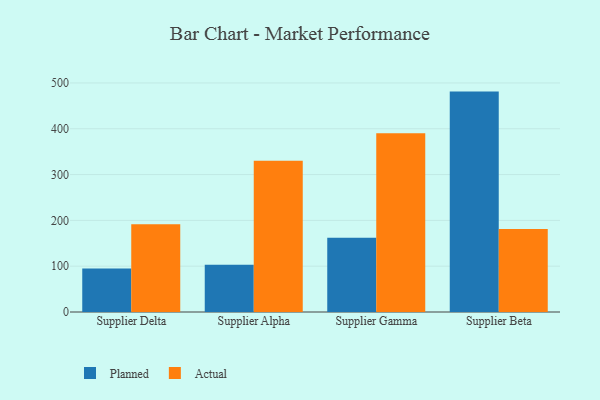
{"axis": {"x": "Supplier", "y": "Shipments"}, "legend": ["Actual", "Planned"], "data": [{"x": "Supplier Delta", "y": 94.7, "type": "Planned"}, {"x": "Supplier Delta", "y": 191.6, "type": "Actual"}, {"x": "Supplier Alpha", "y": 103.1, "type": "Planned"}, {"x": "Supplier Alpha", "y": 330.2, "type": "Actual"}, {"x": "Supplier Gamma", "y": 162.2, "type": "Planned"}, {"x": "Supplier Gamma", "y": 390.0, "type": "Actual"}, {"x": "Supplier Beta", "y": 481.1, "type": "Planned"}, {"x": "Supplier Beta", "y": 181.1, "type": "Actual"}]}